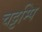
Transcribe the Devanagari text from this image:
चट्टम्पि